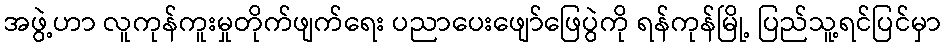
အဖွဲ့ဟာ လူကုန်ကူးမှုတိုက်ဖျက်ရေး ပညာပေးဖျော်ဖြေပွဲကို ရန်ကုန်မြို့ ပြည်သူ့ရင်ပြင်မှာ